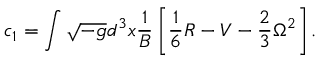
c _ { 1 } = \int \sqrt { - g } d ^ { 3 } x { \frac { 1 } { B } } \left[ \frac 1 6 R - V - \frac 2 3 \Omega ^ { 2 } \right] .